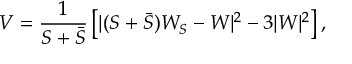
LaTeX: V = \frac { 1 } { S + \bar { S } } \left[ | ( S + \bar { S } ) W _ { S } - W | ^ { 2 } - 3 | W | ^ { 2 } \right] ,